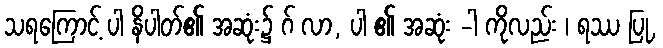
သရကြောင့် ပါ နိပါတ်၏ အဆုံး၌ ဂ် လာ, ပါ ၏ အဆုံး -ါ ကိုလည်း ၊ ရဿ ပြု,